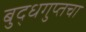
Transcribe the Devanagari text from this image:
बुद्धगुप्तचा